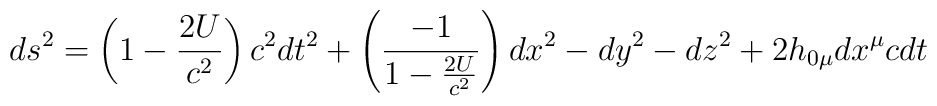
ds^{2} = \left(1-\frac{2U}{c^{2}}\right)c^{2}dt^{2} + \left(\frac{-1}{1-\frac{2U}{c^{2}}}\right)dx^{2} -dy^{2} -dz^{2} + 2 h_{0\mu} dx^{\mu} cdt